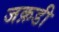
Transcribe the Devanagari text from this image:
जक़डी